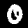
Digit: 0